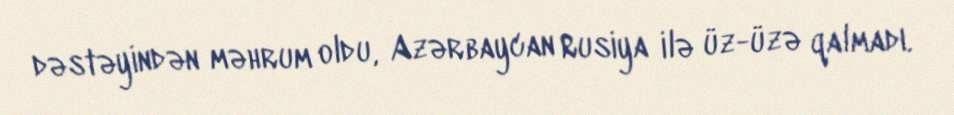
dəstəyindən məhrum oldu, Azərbaycan Rusiya ilə üz-üzə qalmadı.